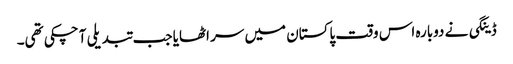
ڈینگی نے دوبارہ اس وقت پاکستان میں سر اٹھایا جب تبدیلی آ چکی تھی۔